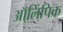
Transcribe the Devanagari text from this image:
ऑ्लिंपिक